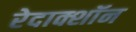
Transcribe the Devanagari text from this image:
रेदाक्शॉन